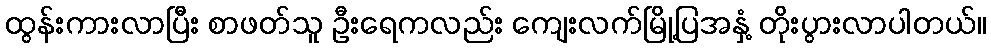
ထွန်းကားလာပြီး စာဖတ်သူ ဦးရေကလည်း ကျေးလက်မြို့ပြအနှံ့ တိုးပွားလာပါတယ်။